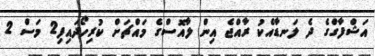
އަޝްފާގްގެ ދެ ލަނޑާއެކު ރާއްޖެ އިން ލާއޮސްގެ މައްޗަށް ކުރިހޯދައިފި2 މަސް 2